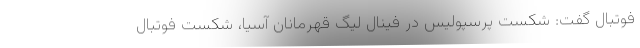
فوتبال گفت: شکست پرسپولیس در فینال لیگ قهرمانان آسیا، شکست فوتبال